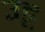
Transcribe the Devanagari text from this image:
उट्ट